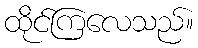
ထိုင်ကြလေသည်။